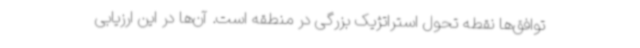
توافق‌ها نقطه تحول استراتژیک بزرگی در منطقه است. آن‌ها در این ارزیابی